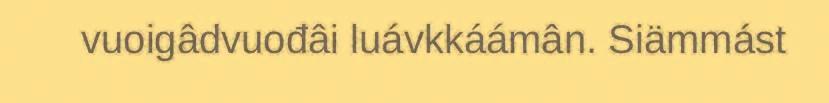
vuoigâdvuođâi luávkkáámân. Siämmást